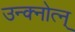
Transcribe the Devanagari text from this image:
उन्क्नोत्न्